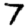
Digit: 7